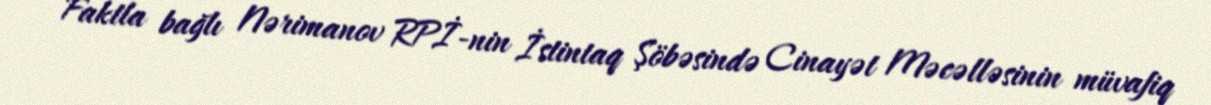
Faktla bağlı Nərimanov RPİ-nin İstintaq Şöbəsində Cinayət Məcəlləsinin müvafiq